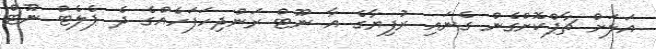
އަލަށް ޗާޕްކޮށްގެން ގެނައި ރުފިޔާގެ އާ ނޫޓް ރަންދިހަފަހެއްގެ ދެ ޕެލެޓް ނޫޓް